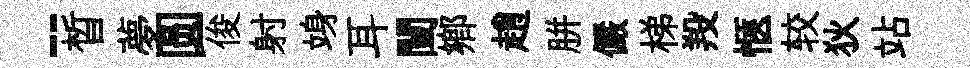
-晳夢圆俊射竧耳闉鄕趙胼儼梯羖愜较狄站